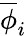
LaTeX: \overline{{\phi}}_{i}